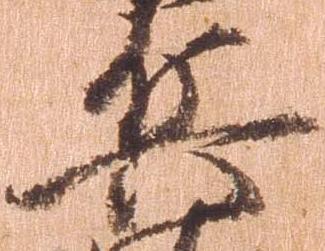
兵